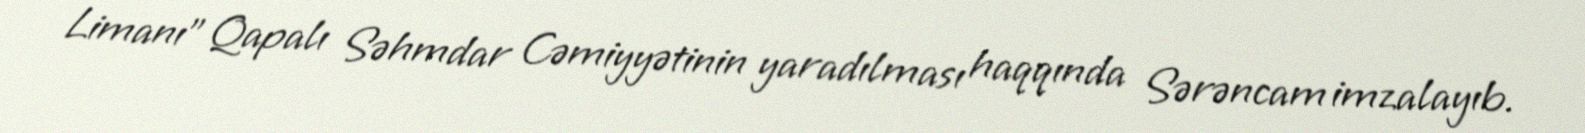
Limanı” Qapalı Səhmdar Cəmiyyətinin yaradılması haqqında Sərəncam imzalayıb.